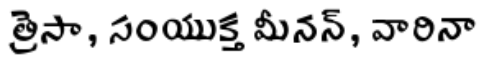
త్రెసా, సంయుక్త మీనన్, వారినా